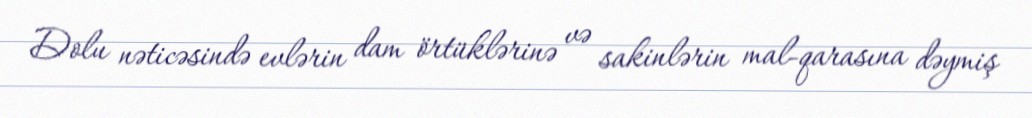
Dolu nəticəsində evlərin dam örtüklərinə və sakinlərin mal-qarasına dəymiş